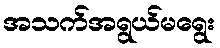
အသက်အရွယ်မရွေး